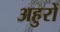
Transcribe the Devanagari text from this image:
अहुरों